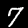
Digit: 7